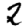
Digit: 2